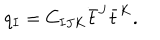
q _ { I } = C _ { I J K } \bar { t } ^ { J } \bar { t } ^ { K } .